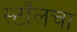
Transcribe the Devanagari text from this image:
स्टाँलचा